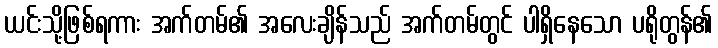
ယင်းသို့ဖြစ်ရကား အက်တမ်၏ အလေးချိန်သည် အက်တမ်တွင် ပါရှိနေသော ပရိုတွန်၏